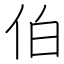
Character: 伯